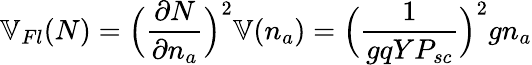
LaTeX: \mathbb{V}_{Fl}(N)=\Big(\frac{\partial N}{\partial n_{a}}\Big)^{2}\mathbb{V}(n_{a})=\Big(\frac{1}{gqYP_{sc}}\Big)^{2}gn_{a}